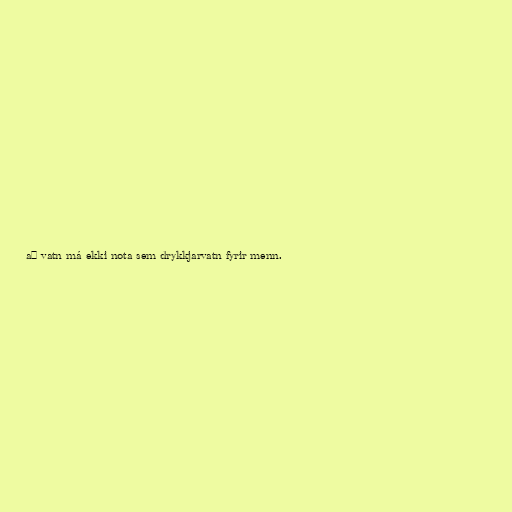
að vatn má ekki nota sem drykkjarvatn fyrir menn.